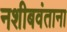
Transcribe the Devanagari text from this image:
नशीबवंताना